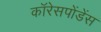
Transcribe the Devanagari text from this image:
कॉरेसपोंडेंस